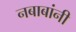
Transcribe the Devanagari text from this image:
नबाबांनी